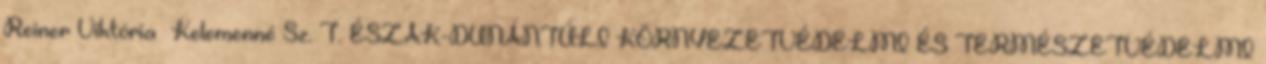
Reiner Viktória Kelemenné Sz. T. ÉSZAK-DUNÁNTÚLI KÖRNYEZETVÉDELMI ÉS TERMÉSZETVÉDELMI